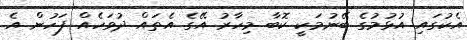
އެކުގައި އުޅުމުގެ ބޭނުމަކީ ކޮބާ މިހާރު އޭގެ އެތައް ދުވަހެއް ފަހުން އެ